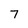
Character: 7